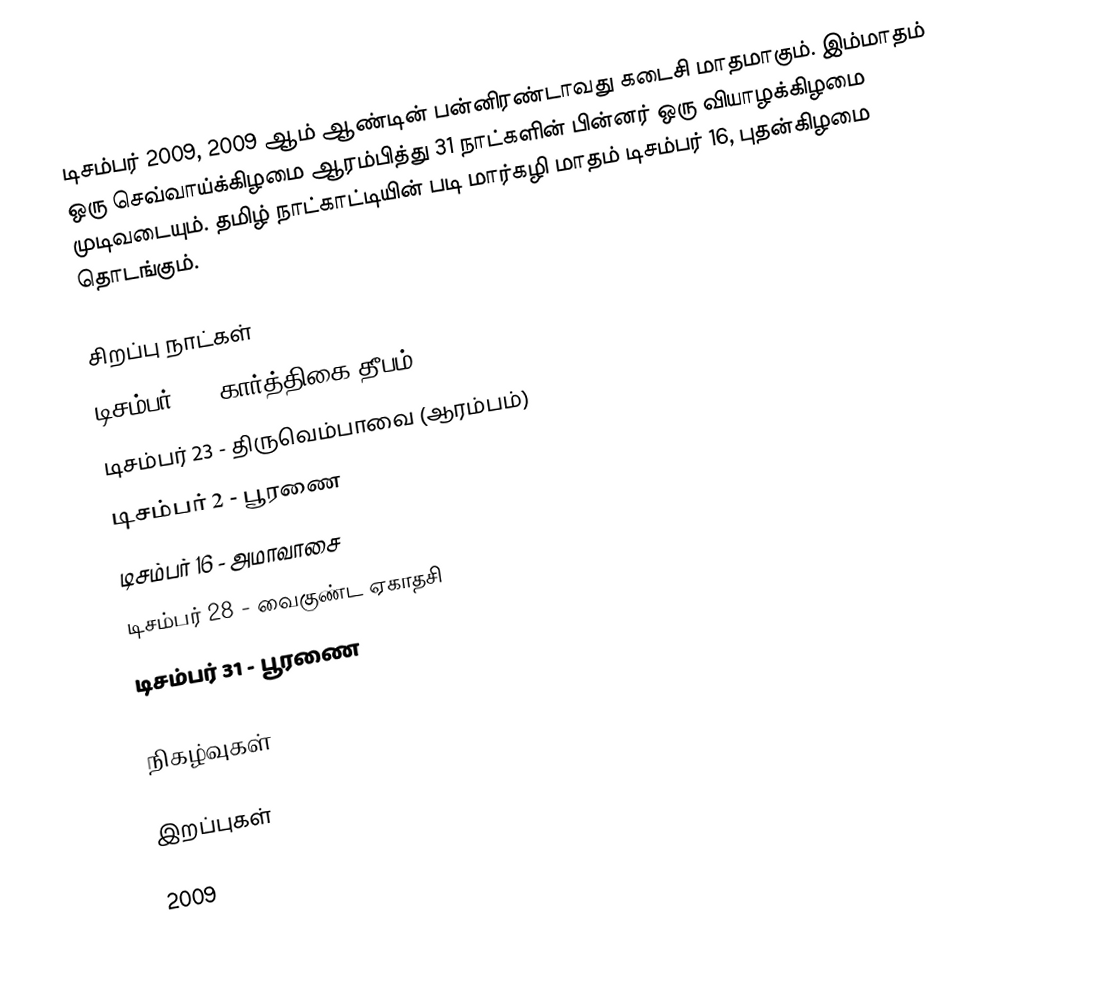
டிசம்பர் 2009, 2009 ஆம் ஆண்டின் பன்னிரண்டாவது கடைசி மாதமாகும். இம்மாதம் ஒரு செவ்வாய்க்கிழமை ஆரம்பித்து 31 நாட்களின் பின்னர் ஒரு வியாழக்கிழமை முடிவடையும். தமிழ் நாட்காட்டியின் படி மார்கழி மாதம் டிசம்பர் 16, புதன்கிழமை தொடங்கும்.

சிறப்பு நாட்கள்
 டிசம்பர் 1 - கார்த்திகை தீபம்
 டிசம்பர் 23 - திருவெம்பாவை (ஆரம்பம்)
 டிசம்பர் 2 - பூரணை
 டிசம்பர் 16 - அமாவாசை
 டிசம்பர் 28 - வைகுண்ட ஏகாதசி
 டிசம்பர் 31 - பூரணை

நிகழ்வுகள்

இறப்புகள்

2009